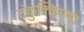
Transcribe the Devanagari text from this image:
टंकुक्किण्णा